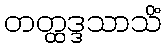
တတ္ထဒ္ဒသာသိံ